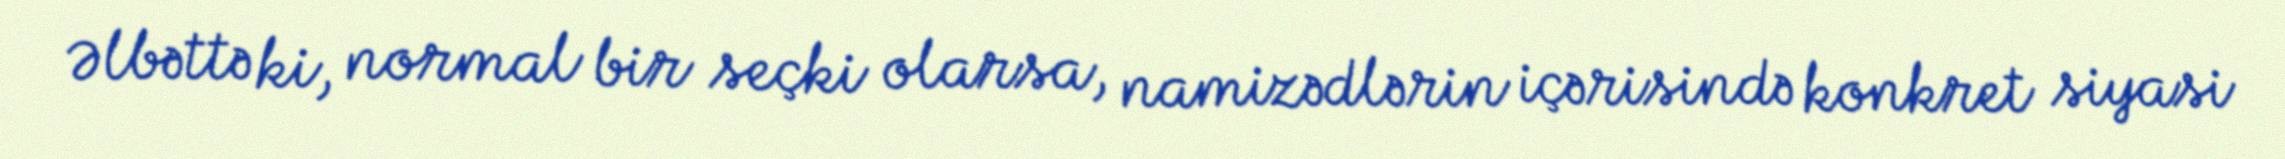
Əlbəttə ki, normal bir seçki olarsa, namizədlərin içərisində konkret siyasi